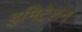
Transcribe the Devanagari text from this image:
इमिटेशन